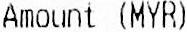
AMOUNT (MYR)